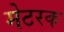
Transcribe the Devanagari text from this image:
मेटरक